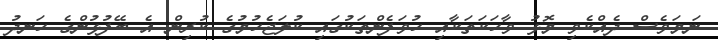
ނަމަވެސް ދެއްކެވި މޮޅު ވާހަކަތަކާއި ހުވަފެންތަކުގައި ކުލަޖެހުމުގެ ކުރިން އެ ބޭފުޅުންގެ ހަނދު